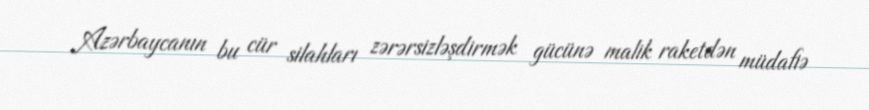
Azərbaycanın bu cür silahları zərərsizləşdirmək gücünə malik raketdən müdafiə